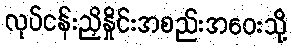
လုပ်ငန်းညှိနှိုင်းအစည်းအဝေးသို့